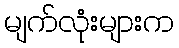
မျက်လုံးများက